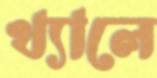
খ্যালে